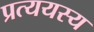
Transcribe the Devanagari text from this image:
प्रत्ययस्य